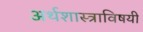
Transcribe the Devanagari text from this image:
अर्थशास्त्राविषयी